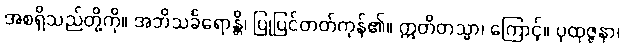
အစရှိသည်တို့ကို။ အဘိသင်္ခရောန္တိ၊ ပြုပြင်တတ်ကုန်၏။ ဣတိတသ္မာ၊ ကြောင့်။ ပုထုဇ္ဇနာ၊